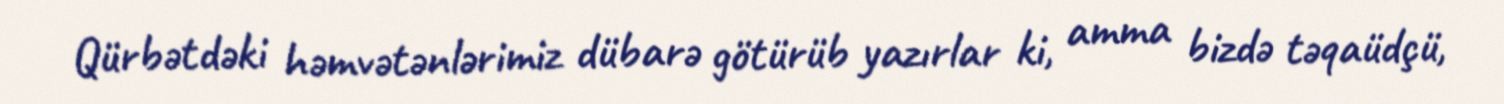
Qürbətdəki həmvətənlərimiz dübarə götürüb yazırlar ki, amma bizdə təqaüdçü,